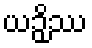
ယဉှိဿ